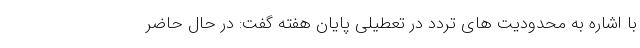
با اشاره به محدودیت های تردد در تعطیلی پایان هفته گفت: در حال حاضر